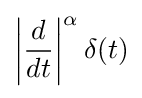
\left|{\frac {d}{dt}}\right|^{\alpha }\delta (t)